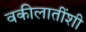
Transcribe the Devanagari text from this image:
वकीलातींशी